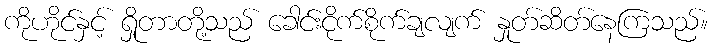
ကိုဟိုင်နှင့် ရှိုတာတို့သည် ခေါင်းငိုက်စိုက်ချလျက် နှုတ်ဆိတ်နေကြသည်။